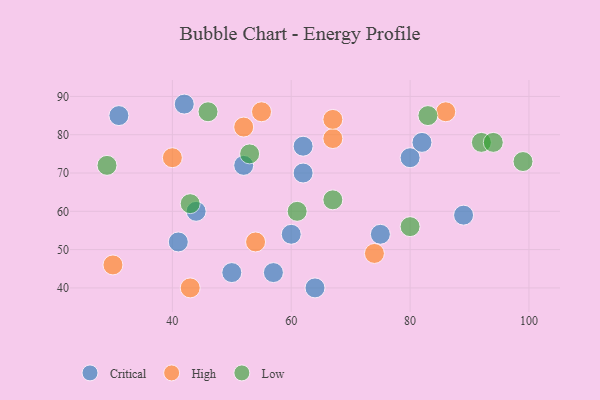
{"axis": {"x": "GDP", "y": "Life Expectancy"}, "legend": ["Critical", "High", "Low"], "data": [{"x": "52", "y": 72, "type": "Critical"}, {"x": "42", "y": 88, "type": "Critical"}, {"x": "64", "y": 40, "type": "Critical"}, {"x": "44", "y": 60, "type": "Critical"}, {"x": "50", "y": 44, "type": "Critical"}, {"x": "41", "y": 52, "type": "Critical"}, {"x": "80", "y": 74, "type": "Critical"}, {"x": "89", "y": 59, "type": "Critical"}, {"x": "31", "y": 85, "type": "Critical"}, {"x": "57", "y": 44, "type": "Critical"}, {"x": "82", "y": 78, "type": "Critical"}, {"x": "75", "y": 54, "type": "Critical"}, {"x": "62", "y": 70, "type": "Critical"}, {"x": "60", "y": 54, "type": "Critical"}, {"x": "62", "y": 77, "type": "Critical"}, {"x": "30", "y": 46, "type": "High"}, {"x": "86", "y": 86, "type": "High"}, {"x": "67", "y": 79, "type": "High"}, {"x": "74", "y": 49, "type": "High"}, {"x": "43", "y": 40, "type": "High"}, {"x": "52", "y": 82, "type": "High"}, {"x": "54", "y": 52, "type": "High"}, {"x": "67", "y": 84, "type": "High"}, {"x": "40", "y": 74, "type": "High"}, {"x": "55", "y": 86, "type": "High"}, {"x": "29", "y": 72, "type": "Low"}, {"x": "83", "y": 85, "type": "Low"}, {"x": "80", "y": 56, "type": "Low"}, {"x": "92", "y": 78, "type": "Low"}, {"x": "46", "y": 86, "type": "Low"}, {"x": "67", "y": 63, "type": "Low"}, {"x": "43", "y": 62, "type": "Low"}, {"x": "53", "y": 75, "type": "Low"}, {"x": "99", "y": 73, "type": "Low"}, {"x": "94", "y": 78, "type": "Low"}, {"x": "61", "y": 60, "type": "Low"}]}